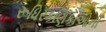
રૂધિરકણિકાઓની